Annual administration report of the Civil Veterinary Department of India - 1896-1897
Year: 1896
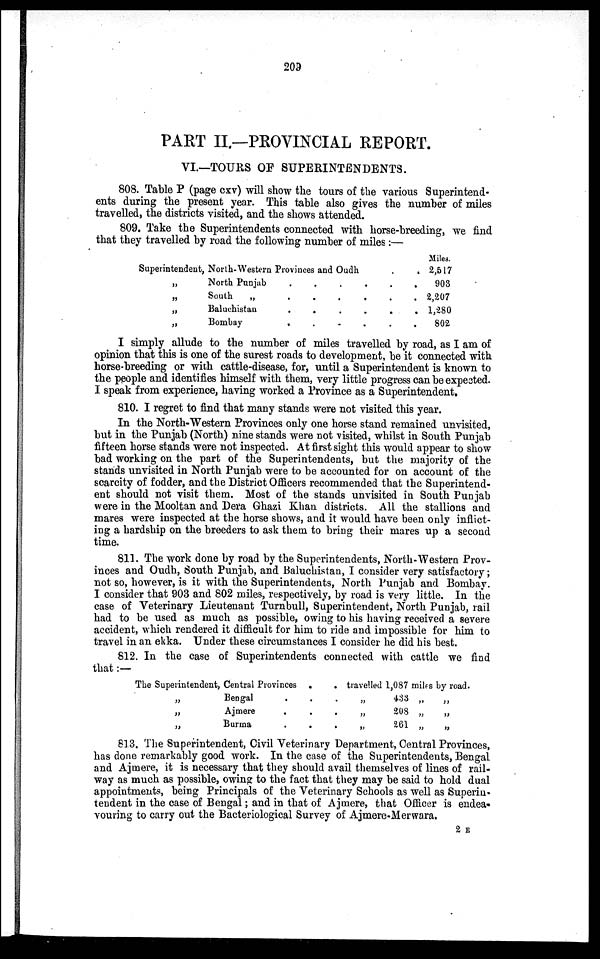
209
PART II.—PROVINCIAL REPORT.
VI.—TOURS OF SUPERINTENDENTS.
808. Table P (page cxv) will show the tours of the various Superintend-
ents during the present year. This table also gives the number of miles
travelled, the districts visited, and the shows attended.
809. Take the Superintendents connected with horse-breeding, we find
that they travelled by road the following number of miles:—
Superintendent, North-Western Provinces and Oudh
„
North Punjab . . . . . .
„
South
„
.
.
.
.
.
„
Baluchistan
.
.
.
.
.
„
Bombay
.
.
.
.
.
Miles.
2,517
903
2,207
1,280
802
I simply allude to the number of miles travelled by road, as I am of
opinion that this is one of the surest roads to development, be it connected with
horse breeding or with cattle-disease, for, until a Superintendent is known to
the people and identifies himself with them, very little progress can be expected.
I speak from experience, having worked a Province as a Superintendent.
810. I regret to find that many stands were not visited this year.
In the North-Western Provinces only one horse stand remained unvisited,
but in the Punjab (North) nine stands were not visited, whilst in South Punjab
fifteen horse stands were not inspected. At first sight this would appear to show
bad working on the part of the Superintendents, but the majority of the
stands unvisited in North Punjab were to be accounted for on account of the
scarcity of fodder, and the District Officers recommended that the Superintend-
ent should not visit them. Most of the stands unvisited in South Punjab
were in the Mooltan and Dera Ghazi Khan districts. All the stallions and
mares were inspected at the horse shows, and it would have been only inflict-
ing a hardship on the breeders to ask them to bring their mares up a second
time.
811. The work done by road by the Superintendents, North-Western Prov-
inces and Oudh, South Punjab, and Baluchistan, I consider very satisfactory;
not so, however, is it with the Superintendents, North Punjab and Bombay.
I consider that 903 and 802 miles, respectively, by road is very little. In the
case of Veterinary Lieutenant Turn bull, Superintendent, North Punjab, rail
had to be used as much as possible, owing to his having received a severe
accident, which rendered it difficult for him to ride and impossible for him to
travel in an ekka. Under these circumstances I consider he did his best.
812. In the case of Superintendents connected with cattle we find
that :—
The Superintendent, Central Provinces . .
„
Bengal
.
.
.
„
Ajmere
. . .
„
Burma
.
.
.
travelled 1,087 miles by road.
„
433 „
„
„ 208 „ „
„ 261 „ „
813. The Superintendent, Civil Veterinary Department, Central Provinces,
has done remarkably good work. In the case of the Superintendents, Bengal
and Ajmere, it is necessary that they should avail themselves of lines of rail-
way as much as possible, owing to the fact that they may be said to hold dual
appointments, being Principals of the Veterinary Schools as well as Superin-
tendent in the case of Bengal; and in that of Ajmere, that Officer is endea-
vouring to carry out the Bacteriological Survey of Ajmere-Merwara.
2 E